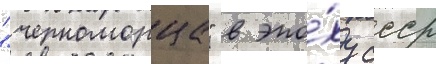
"черноморца" в эпо́ху ссср